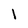
Character: 1